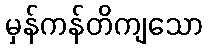
မှန်ကန်တိကျသော